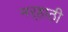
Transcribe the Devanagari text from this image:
मर्‍हाठी